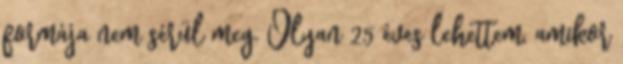
formája nem sérül meg. Olyan 25 éves lehettem, amikor